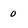
Character: o